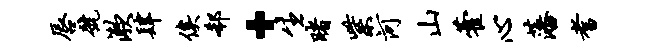
唇号漱肆俟欷·生睹紫河山藿心藩耆